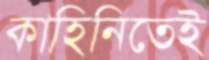
কাহিনিতেই